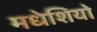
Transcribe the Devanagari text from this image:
मधेशियो